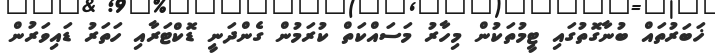
ޚަބަރުތައް ބުނާގޮތުގައި ޓީމުތަކުން މިހާރު މަސައްކަތް ކުރަމުން ގެންދަނީ ޑޮކްޓަރާއި ހަތަރު ޑައިވަރުން